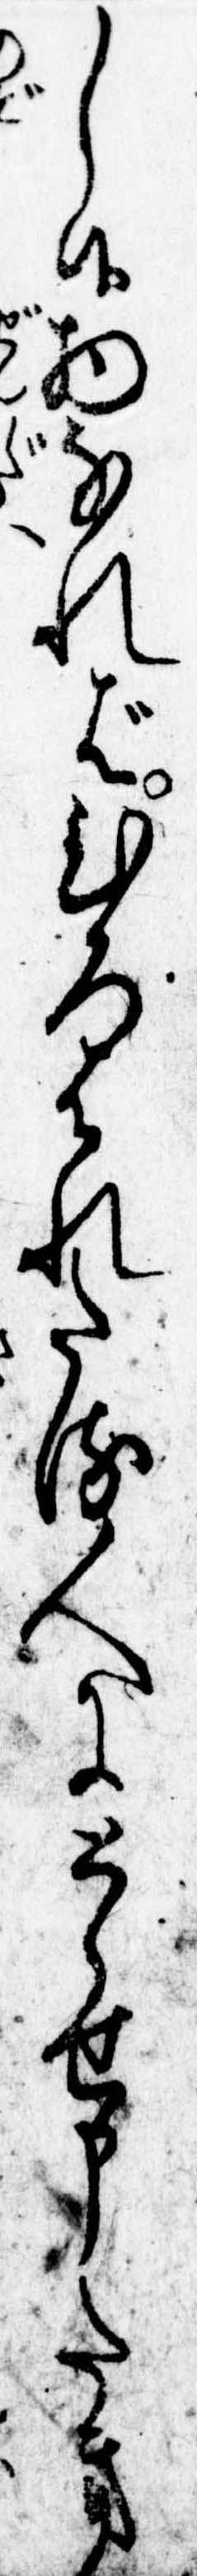
し候物なればひろはれたる人にとらせ申たき